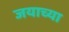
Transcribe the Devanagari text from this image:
जयाच्या